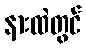
နားထဲတွင်